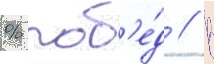
% поб'е́д // В